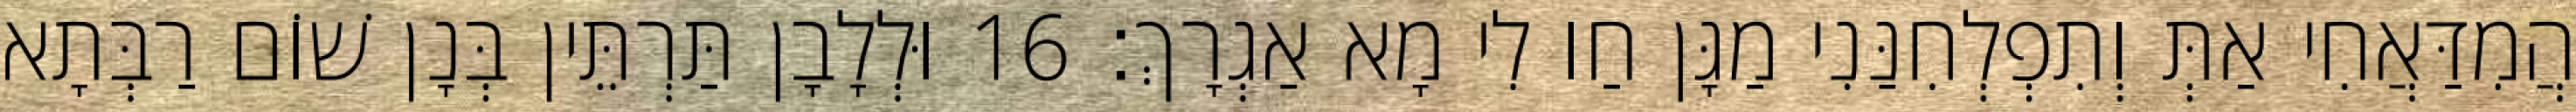
הֲמִדַּאֲחִי אַתְּ וְתִפְלְחִנַּנִי מַגָּן חַו לִי מָא אַגְרָךְ׃ 16 וּלְלָבָן תַּרְתֵּין בְּנָן שׁוֹם רַבְּתָא